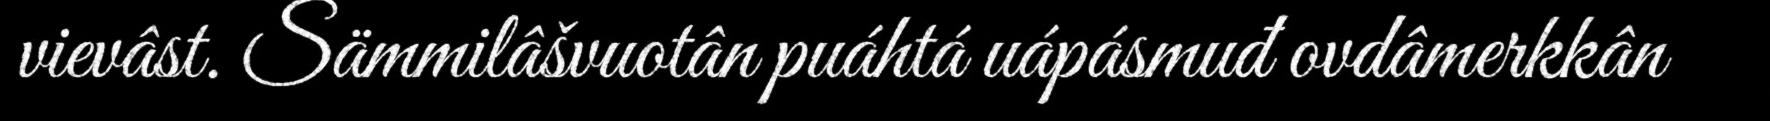
vievâst. Sämmilâšvuotân puáhtá uápásmuđ ovdâmerkkân